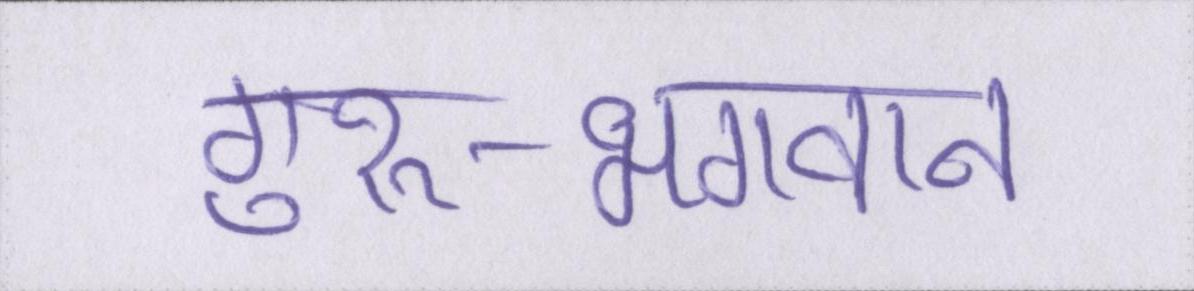
गुरु-भगवान